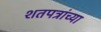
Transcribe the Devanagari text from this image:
शतपत्रांच्या